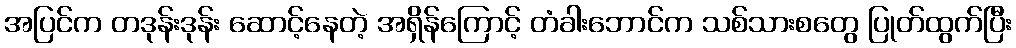
အပြင်က တဒုန်းဒုန်း ဆောင့်နေတဲ့ အရှိန်ကြောင့် တံခါးဘောင်က သစ်သားစတွေ ပြုတ်ထွက်ပြီး